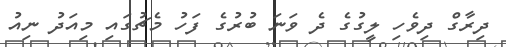
ދިރާގް ދިވެހި ލީގުގެ ދެ ވަނަ ބުރުގެ ފަހު މެޗުގައި މިއަދު ނިއު